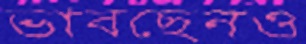
ভাবছেনও